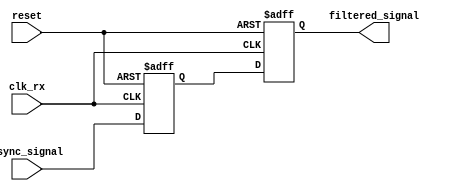
module meta_stability_filter (
    input wire clk_rx,          // Receiving clock
    input wire async_signal,    // Asynchronous input signal
    input wire reset,           // Optional reset signal
    output reg filtered_signal   // Filtered output signal
);

    // Internal signals for the two flip-flops
    reg ff1_out;

    // Dual Flip-Flop Synchronizer
    always @(posedge clk_rx or posedge reset) begin
        if (reset) begin
            ff1_out <= 1'b0;      // Initialize FF1 output to 0 on reset
            filtered_signal <= 1'b0; // Initialize output to 0 on reset
        end else begin
            ff1_out <= async_signal; // Sample async_signal in FF1
            filtered_signal <= ff1_out; // Sample FF1 output in FF2
        end
    end

endmodule